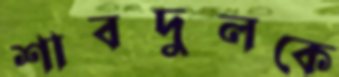
শাবদুলকে